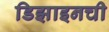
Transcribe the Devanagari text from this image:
डिझाइनची